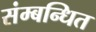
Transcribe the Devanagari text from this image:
संम्बन्धित